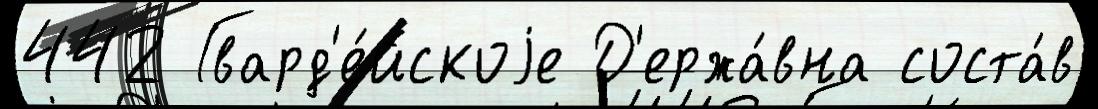
442 Гвард'е́йскоjе Д'ержа́вна соста́в